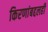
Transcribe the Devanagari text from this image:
किरणांबद्दलही